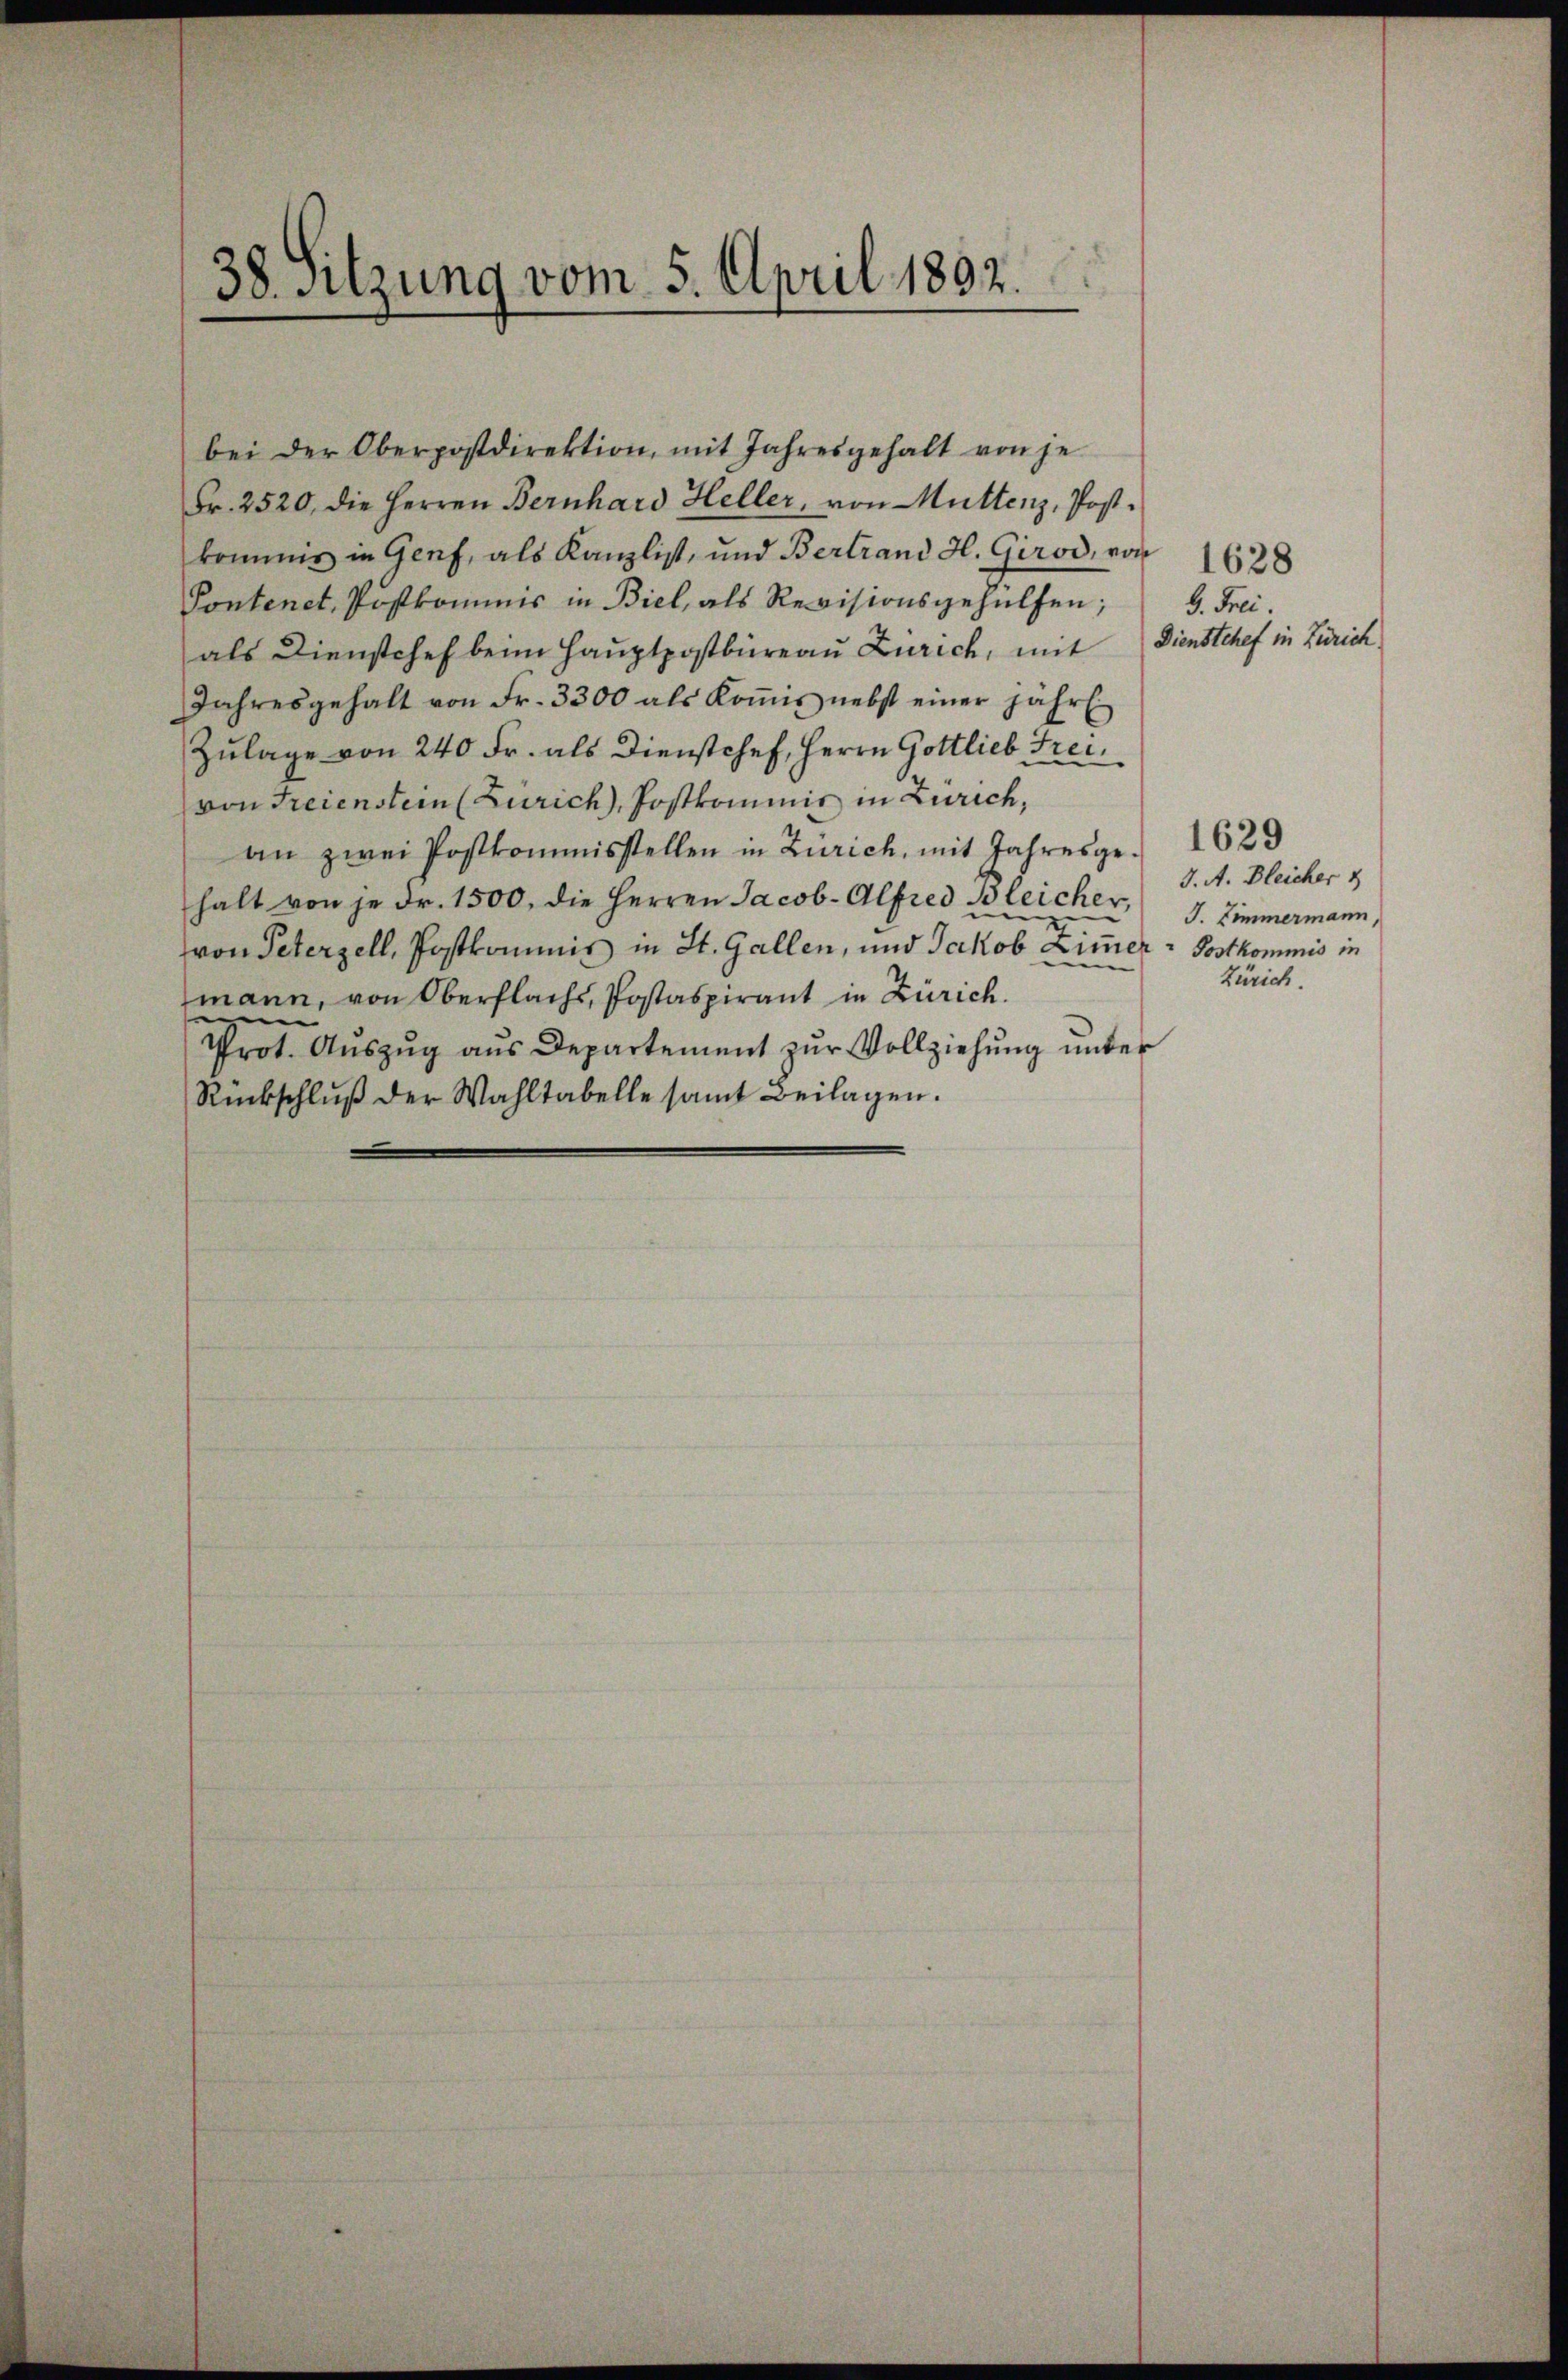
38. Sitzung vom 5. April 1892.

bei der Oberpostdirektion mit Jahresgehalt von je-
Fr. 2520, die Herren Bernhard Heller, von Muttenz, Postkommer in Genf, als Kanzlist, und Bertrand H. Girod, von 1628
Pontenet, Postkommnis in Biel, als Revisionsgehülfen;
als Dienstchef beim Hauptpostbüreau Zürich, mit Dienstchef in Zürich
Jahresgehalt von Fr. 3300 als Koṁis nebst einer jahr
Zulage von 240 Fr. als Dienstchef, Herrn Gottlieb Freivon Freienstein (Zürich, Postkommnis in Zürich,
an zwei Postkommisstellen in Zürich, mit Jahresge. 1629
halt von je dr. 1500. die Herren Jacob. Alfred Bleicher, J. Zimmermann,
von Peterzell, Postkommnis in St. Gallen, und Jakob Zimmer-Postkommnis in
mann, von Oberflachs, Postaspirant in Zürich.
Prot. Auszug aus Departement zur Vollziehung unter
Rückschlŭβ der Wahltabelle samt Beilagen.

9. Frei.

J. A. Bleicher
Zürich.